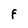
Character: F